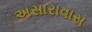
અસારાવાસ